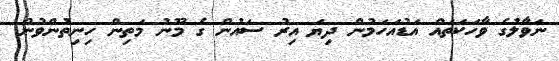
ނަވާލުގެ ވާހަކަތައް އަޑުއަހަމުން ދިޔަ އިރު ސައުން ގެ މޫނު މަތިން ހިނިތުންވުން